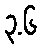
၃.၆